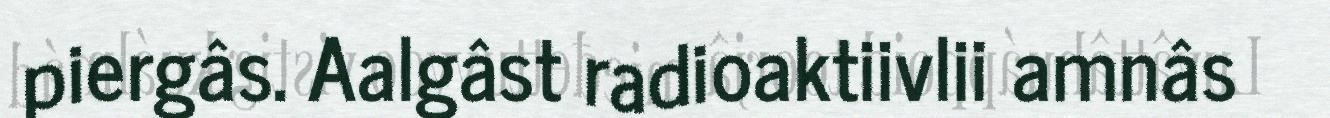
piergâs. Aalgâst radioaktiivlii amnâs